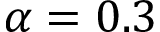
\alpha = 0 . 3